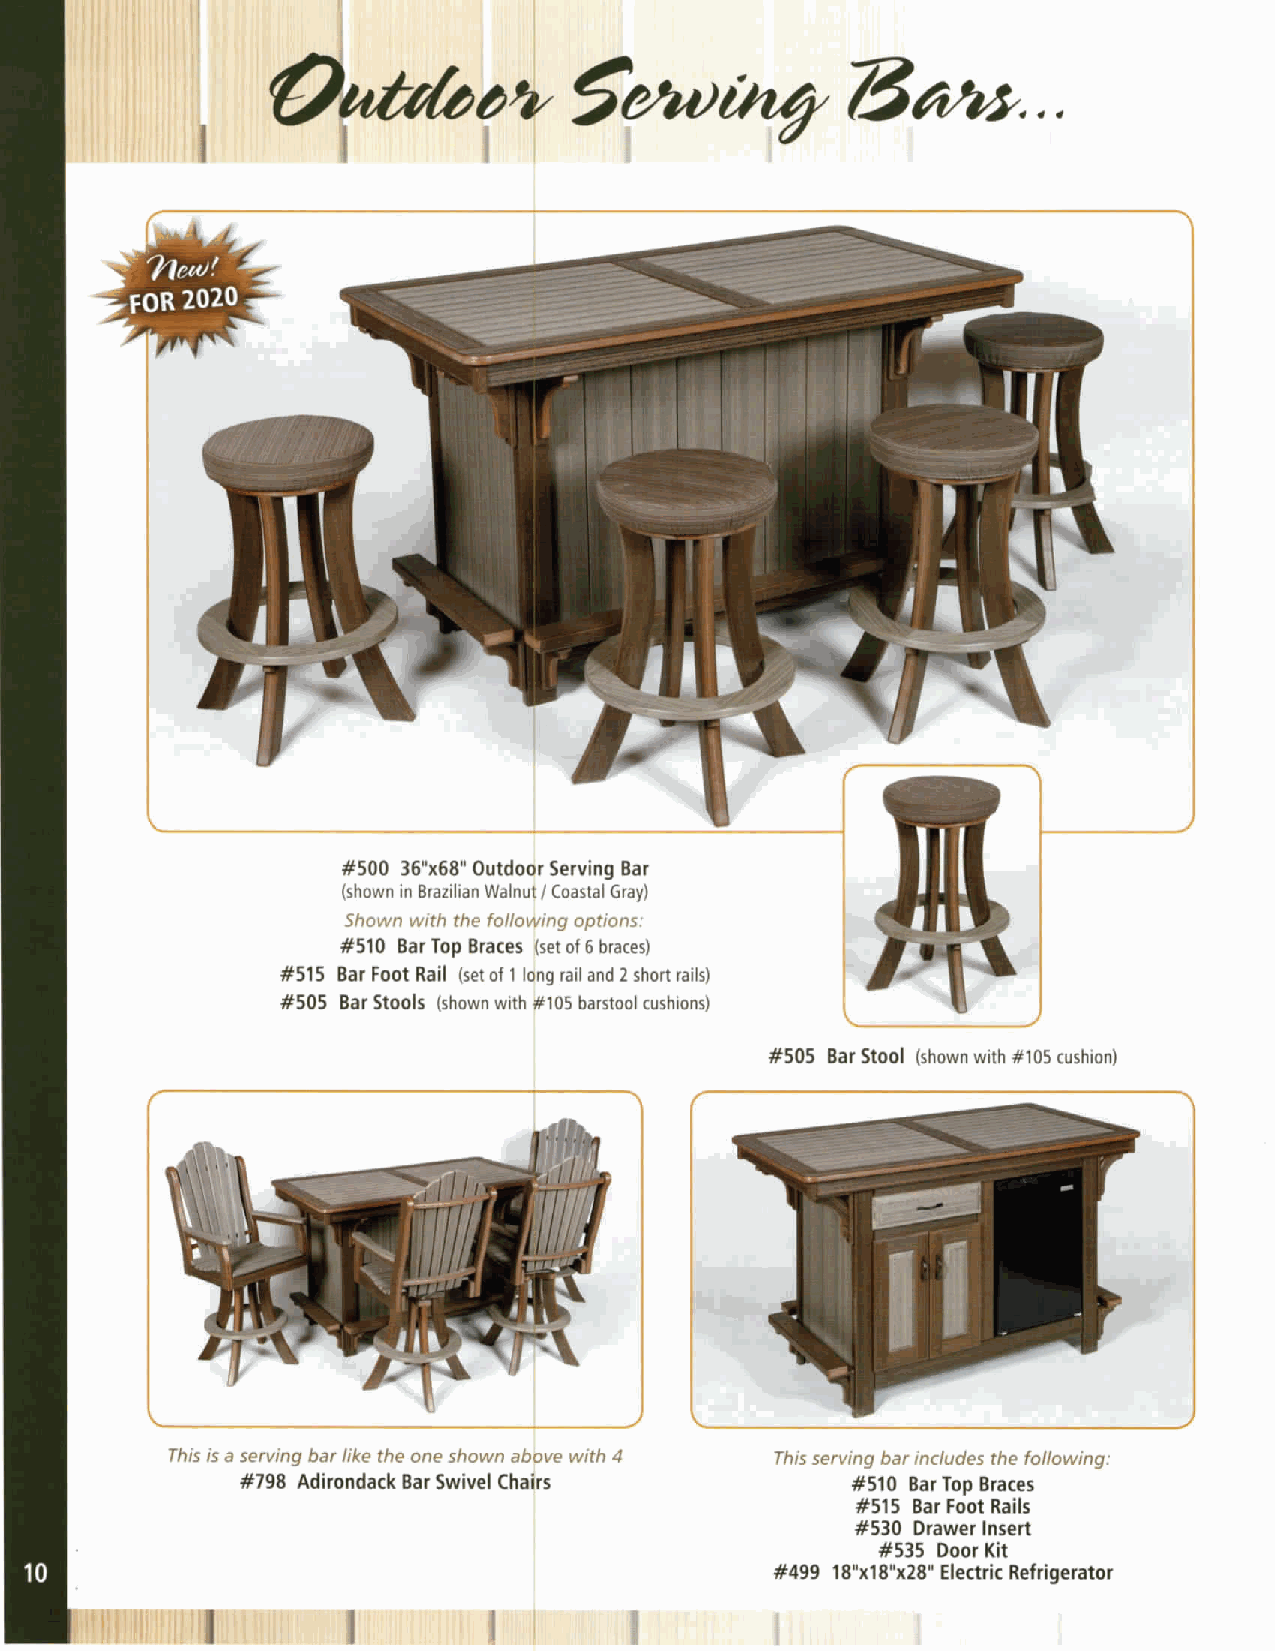
G)pez¢f/
 Sowchty73Gtt...
 #505 Bar Stool (shown with #105 cushion)
 This serving bar includes the following:
 #510 Bar Top Braces
 #515 Bar Foot Rails
 #530 Drawer Insert
 #535 DoorKit
 #499 18"xl8"x28" Electric Refrigerator
 !!'        lJ